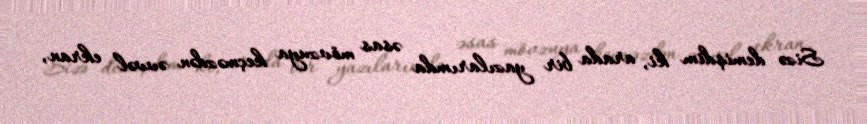
Sizə demişdim ki, arada bir yazılarımda əsas mövzuya keçməzdən əvvəl ekran,